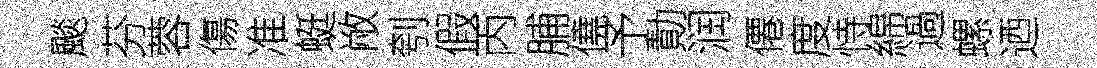
颷芬蓉傷准蜓敝刳假丙脯僥予勣润僊度恃綿過螺迺